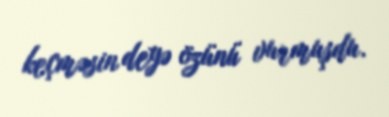
keçməsin deyə özünü vurmuşdu.